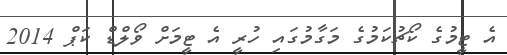
އެ ޓީމުގެ ކޯޗުކަމުގެ މަގާމުގައި ހުރީ އެ ޓީމަށް ވޯލްޑް ކަޕް 2014